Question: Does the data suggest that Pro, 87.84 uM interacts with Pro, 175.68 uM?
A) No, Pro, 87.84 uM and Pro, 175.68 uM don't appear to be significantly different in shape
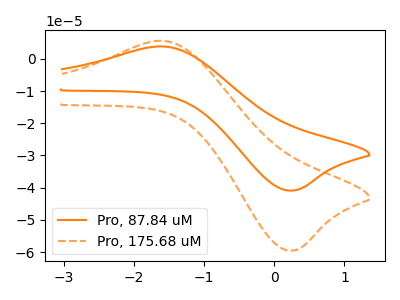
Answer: <think>The orange curve "Pro, 87.84 uM" has an anodic peak at (-1.55V, 3.80uA) and a cathodic peak at (0.20V, -40.90uA). The orange dashed curve "Pro, 175.68 uM" has an anodic peak at (-1.55V, 5.55uA) and a cathodic peak at (0.20V, -59.50uA).
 All the peaks in "Pro, 87.84 uM" have a peak in "Pro, 175.68 uM" at the same potential. Every peak in "Pro, 87.84 uM" is lower than every peak in "Pro, 175.68 uM".</think>
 <answer>A) No, "Pro, 87.84 uM" and "Pro, 175.68 uM" don't appear to be significantly different in shape</answer>
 <eval>A</eval>